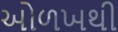
ઓળખથી